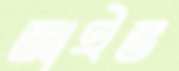
জাইভ